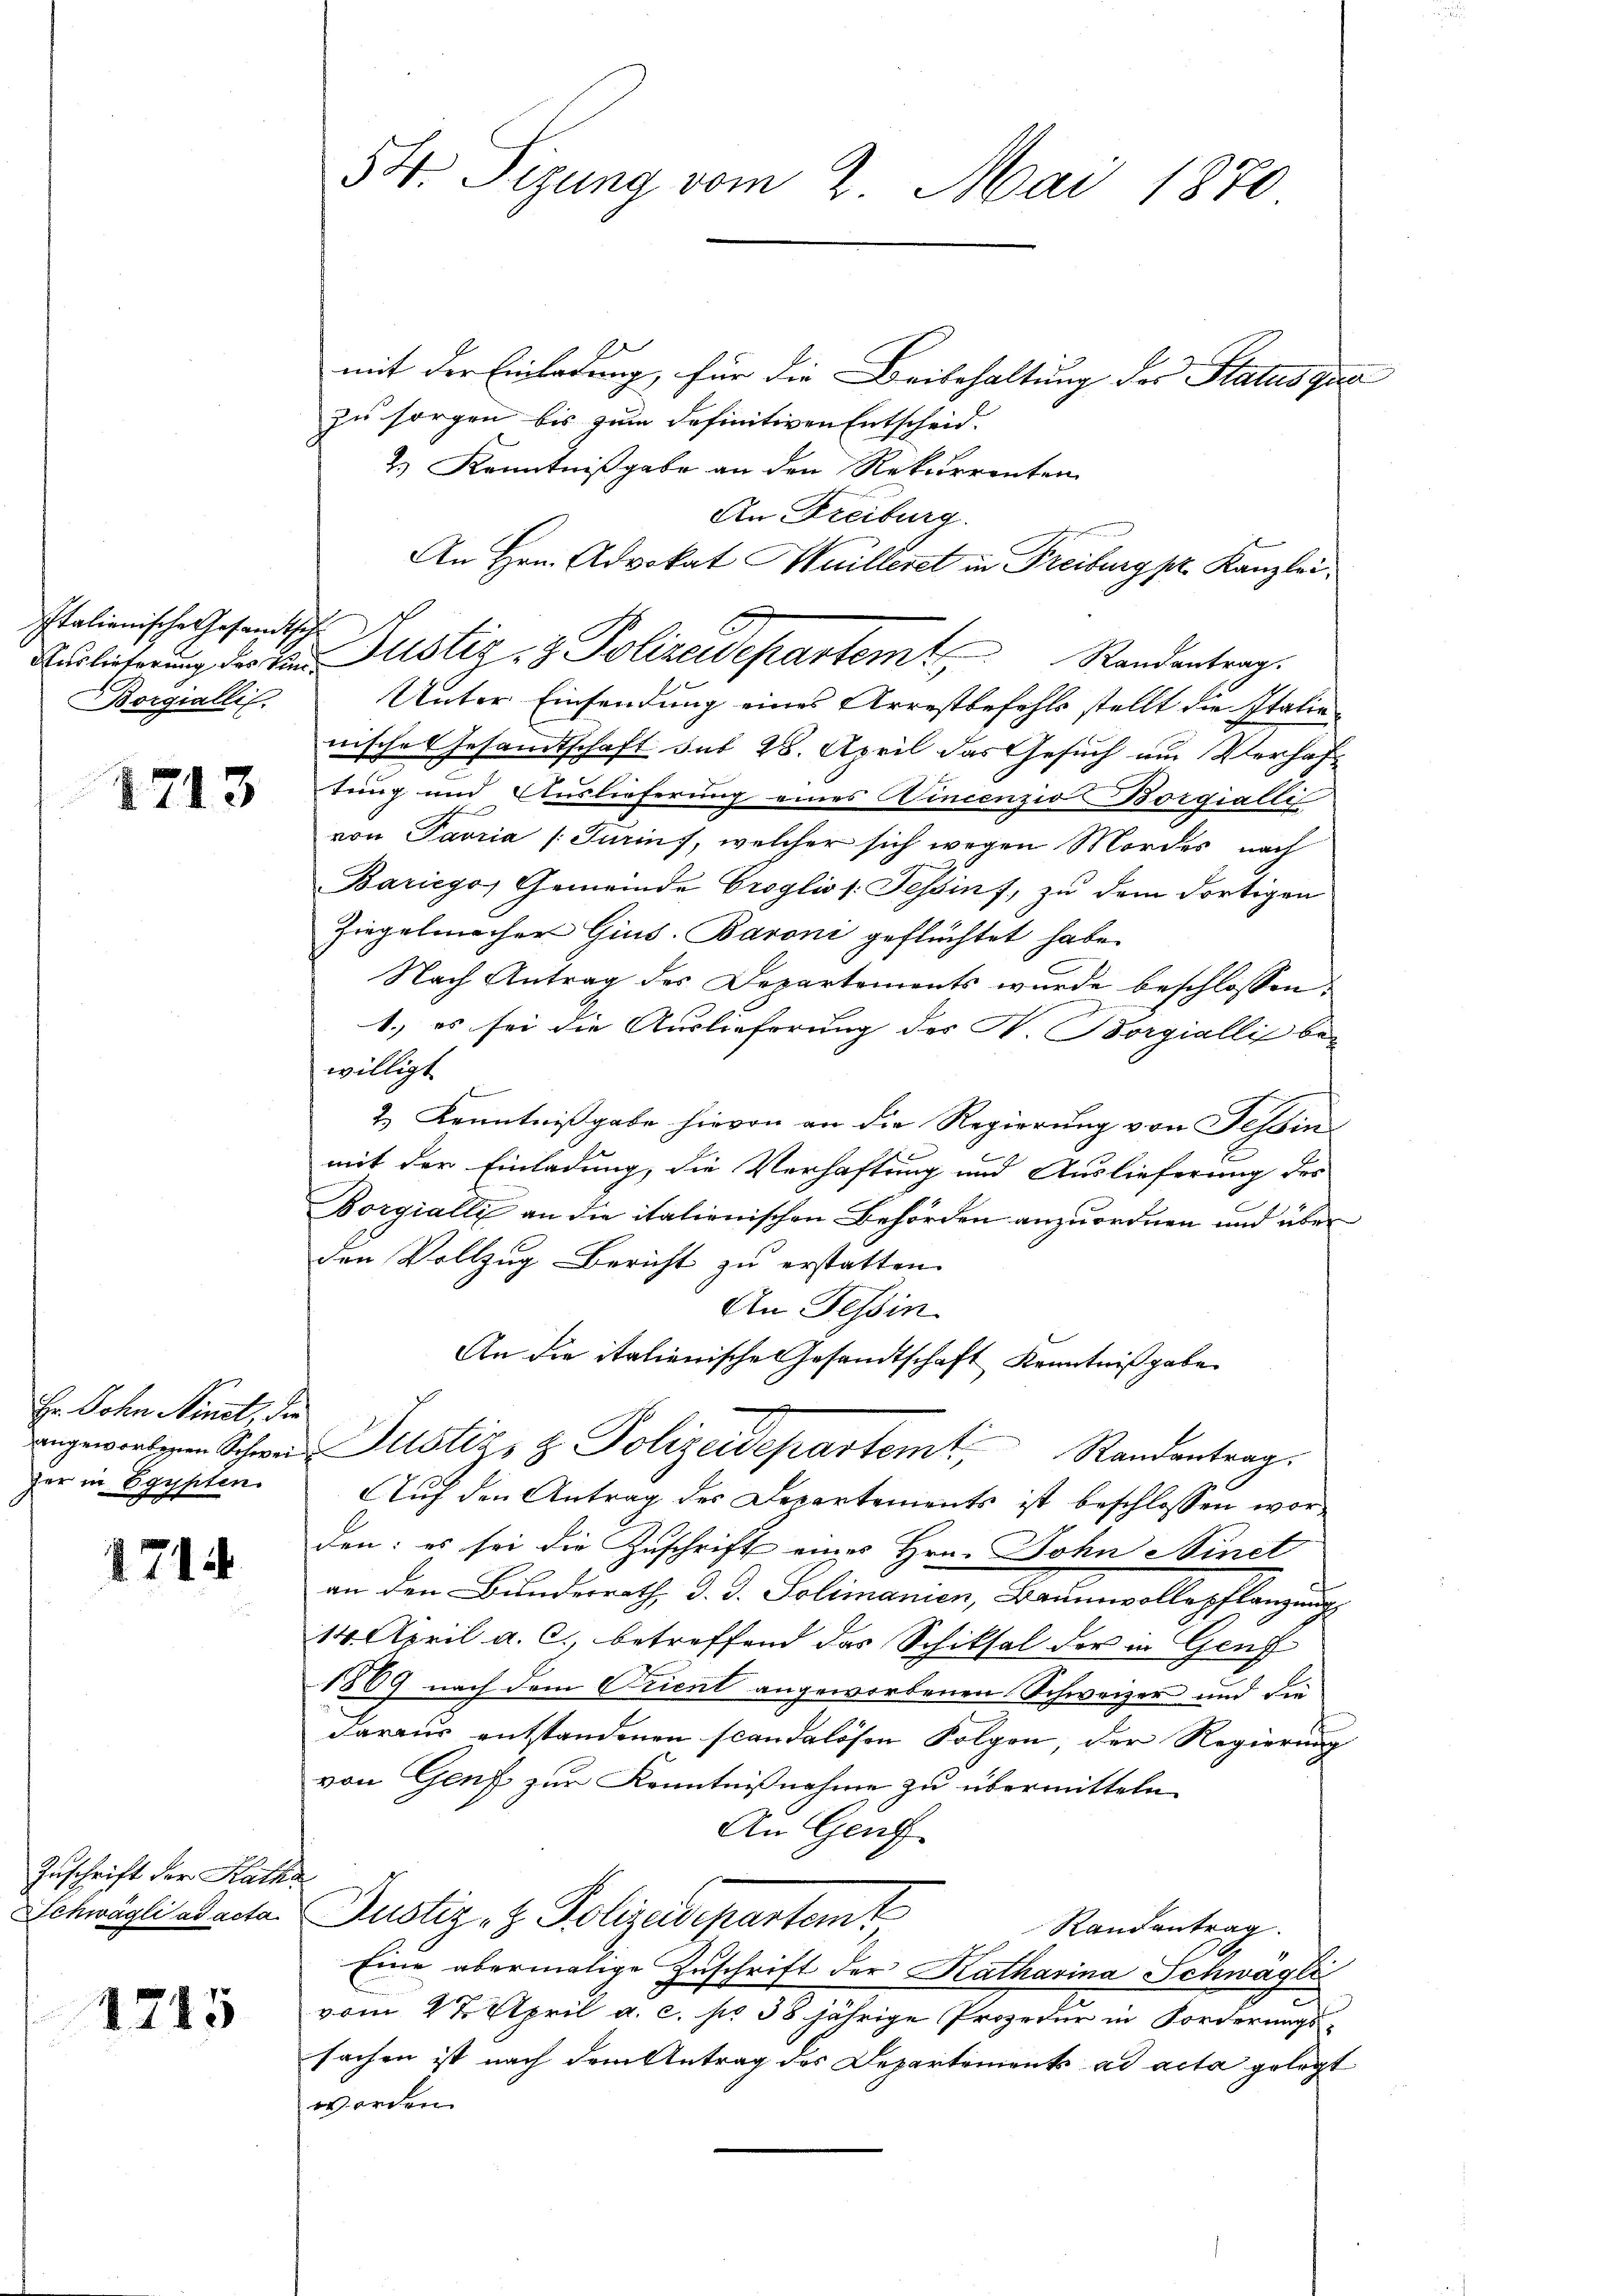
Italienische Gesandtsche
Borgiallis.

1713

Er John Minet, die
fer in Egypten.

1714

Zuschrift der Katha
Schwägli ad acta

1715

54. Sizung vom 2. Mai 1870

mit der Einladung, für die Beibehaltung des Status qua
zu sorgen bis zum definitiven Entscheid.
2.) Kenntnißgabe an den Rekurrenten
An Freiburg.
ndung
An Hrn. Advokat Huilleret in Freiburg pr. Kanzlei,
Ausliterung der die Justiz- & Polizeidepartemt Randantrag.
Unter Einsendung eines Arrestbefehls stellt die Italie-
nische Gesandtschaft sub 28. April das Gesuch um Verhaftung und Auslieferung eines Vincenzio Borgialli
von Favria (Turins, welcher sich wegen Mordes nach
Baricyo, Gemeinde Croglio s. Tessin f, zu dem dortigen
Ziegelmacher Gius. Baroni geflüchtet habe.
Nach Antrag des Departements wurde beschlossen:
1.) es sei die Auslieferung des H. Borgiallis bewilligt
2.) Kenntnißgabe hievon an die Regierung von Tessin
mit der Einladung, die Verhaftung und Auslieferung des
Borgialli an die italienischen Behörden anzuordnen und über
den Vollzug Bericht zu erstatten.
An Tessin
An die italienische Gesandtschaft Kenntnißgabe.
ngeworden Schwer Justiz & Polizeidepartemt, Randentrag.
Auf den Antrag des Departements ist beschlossen worden: es sei die Zuschrift eines Hrn. John Ninet
an den Bunderrath d. d. Solimanien, Baumwollepflanzung
14. April a. c. betreffend das Schiksal der in Genf
1889 nach dem Orient angeworbenen Schweizer und die
Daraus entstandenen scandalösen Folgen, der Regierung
von Genf zur Kenntnißnahme zu übermitteln
An Genf
Justiz- & Polizeisepartamt
Randantrag.
Eine abermalige Zuschrift der Katharina Schwägli
vom 22. April a. c. pr 38 jährige Prozedur in Forderungs-
fachen ist nach dem Antrag des Departements ad acta gelegt
worden.